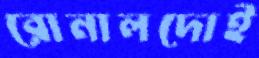
রোনালদোই